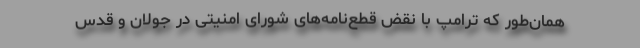
همان‌طور که ترامپ با نقض قطع‌نامه‌های شورای امنیتی در جولان و قدس